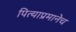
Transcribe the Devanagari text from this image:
पित्याप्रमानेच